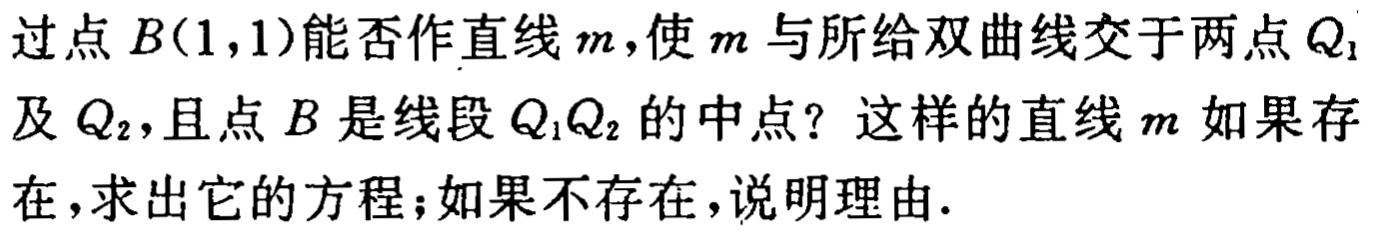
过点\(B(1,1)\)能否作直线\(m\)，使\(m\)与所给双曲线交于两点\(Q_1\)及\(Q_2\)，且点\(B\)是线段\(Q_1Q_2\)的中点？这样的直线\(m\)如果存在，求出它的方程；如果不存在，说明理由.